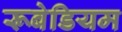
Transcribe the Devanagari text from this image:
रूबेडियम